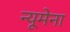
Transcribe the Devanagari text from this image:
न्यूमेना